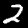
Label: 2